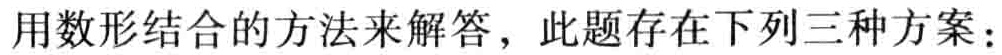
用数形结合的方法来解答，此题存在下列三种方案：